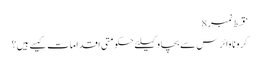
‘قسط نمبر 8
کرونا وائرس سے بچاو کیلئے حکومتی اقدامات کیسے ہیں؟